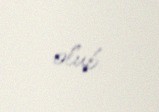
olub.